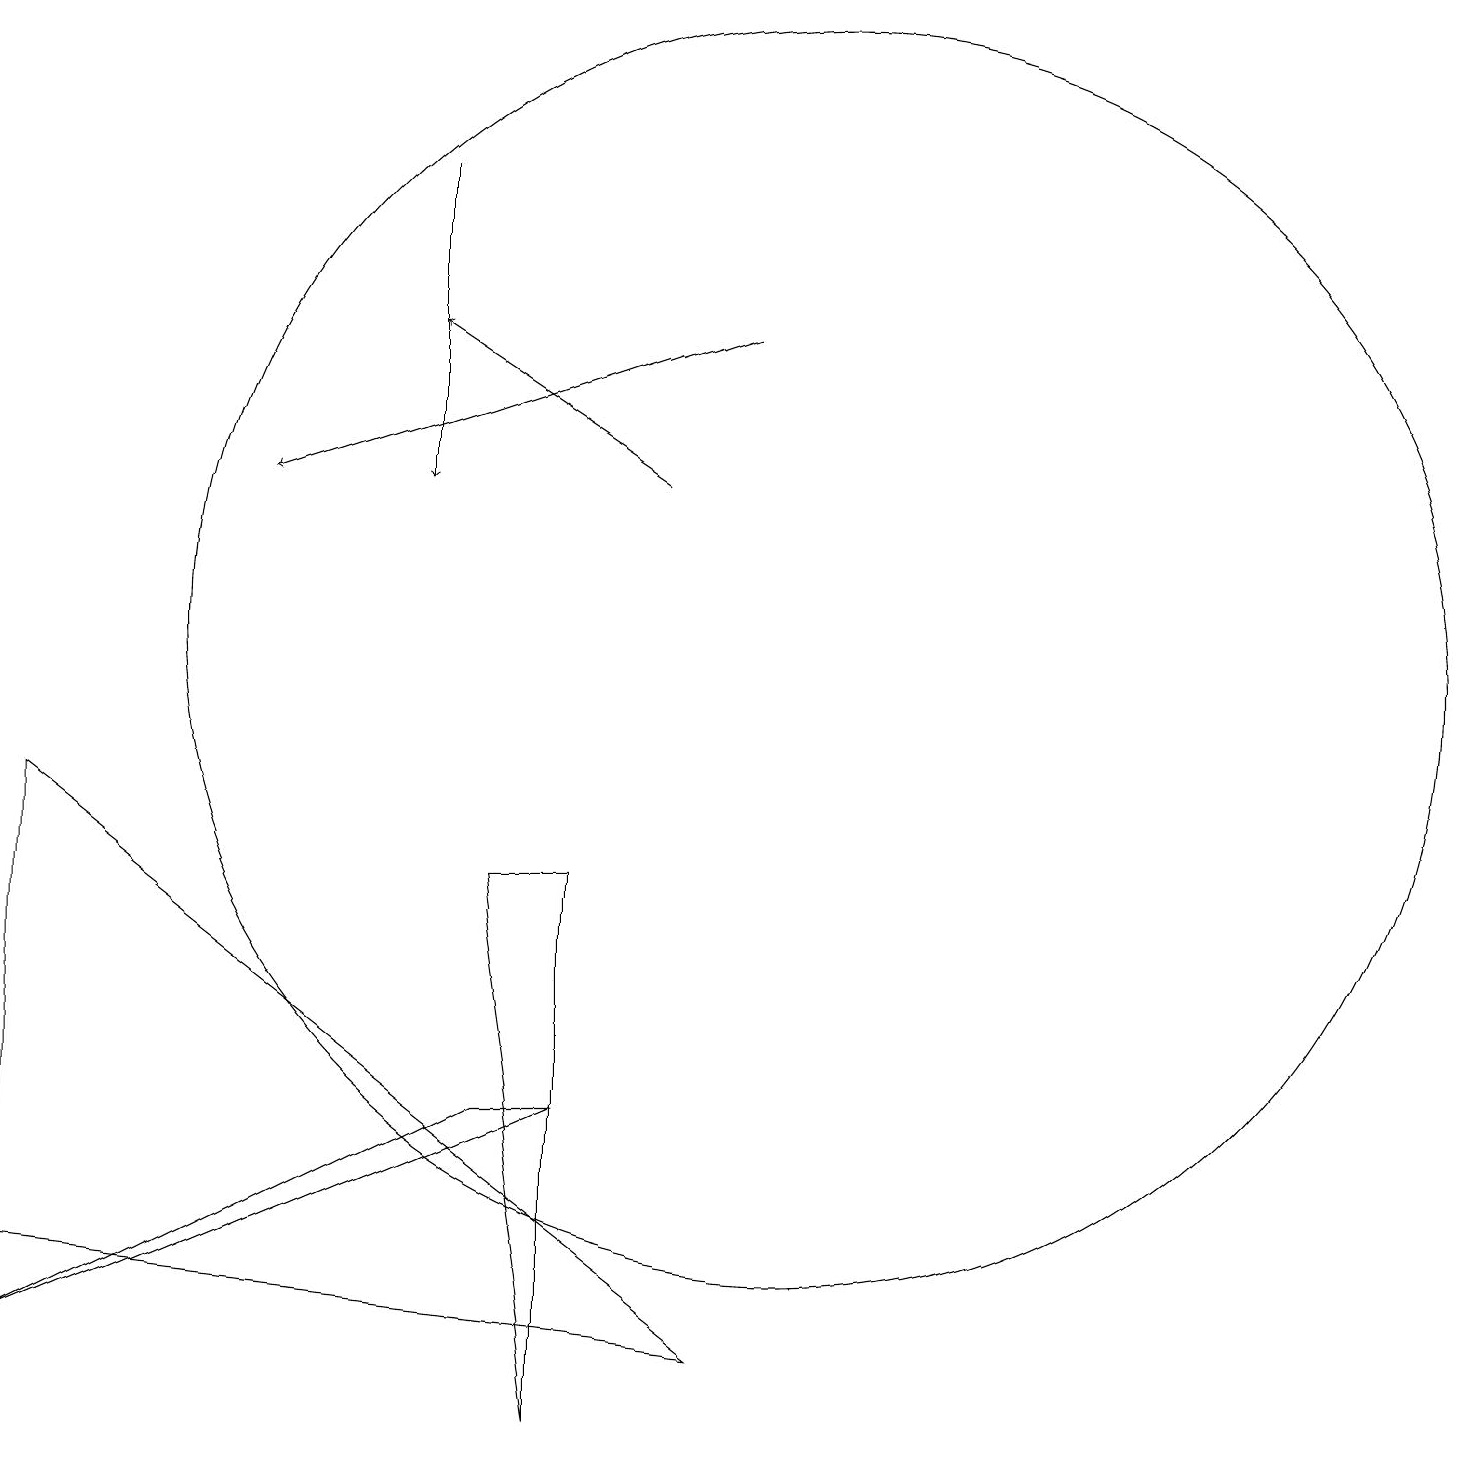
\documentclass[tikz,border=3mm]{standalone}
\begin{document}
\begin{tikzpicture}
\draw[->] (8,13) -- (5,15);
\draw (9,2) -- (0,3) -- (0,9) -- cycle;
\draw (0,2) -- (6,5) -- (7,5) -- cycle;
\draw (11,11) circle (0);
\draw[->] (9,15) -- (3,13);
\draw (10,11) circle (8);
\draw[->] (5,17) -- (5,13);
\draw (7,8) -- (6,8) -- (7,1) -- cycle;
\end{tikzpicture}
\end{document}